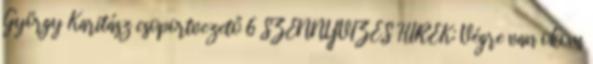
György Karitász csoportvezető 6 SZENNYVIZES HÍREK: Végre van okom